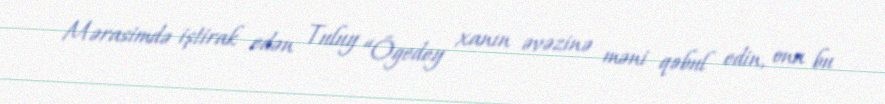
Mərasimdə iştirak edən Tuluy “Ögedey xanın əvəzinə məni qəbul edin, ona bu